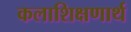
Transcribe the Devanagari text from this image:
कलाशिक्षणार्थ